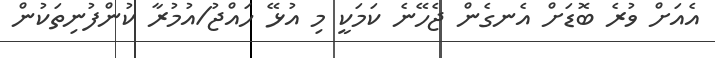
އެއަށް ވުރެ ބޮޑަށް އެނގެން ޖެހޭނެ ކަމަކީ މި އުޅޭ ހައްޖު/އުމުރާ ކުންފުނިތަކުން